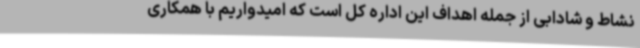
نشاط و شادابی از جمله اهداف این اداره کل است که امیدواریم با همکاری